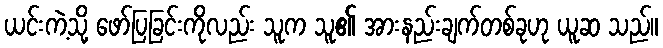
ယင်းကဲ့သို့ ဖော်ပြခြင်းကိုလည်း သူက သူ၏ အားနည်းချက်တစ်ခုဟု ယူဆ သည်။